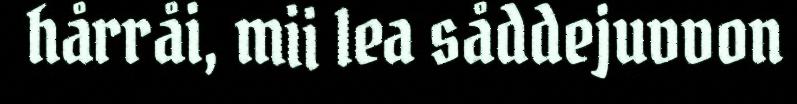
hårråi, mii lea såddejuvvon